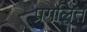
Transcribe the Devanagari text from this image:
प्रगलित